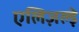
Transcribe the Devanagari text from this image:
एलिज़ल्ड़े